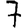
Digit: 7